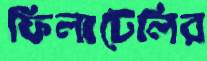
ফিলাটেলির